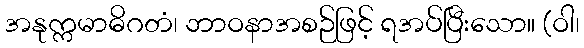
အနုက္ကမာဓိဂတံ၊ ဘာဝနာအစဉ်ဖြင့် ရအပ်ပြီးသော။ (ဝါ၊